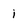
Character: i